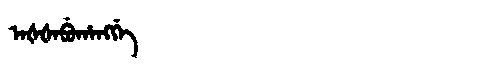
Manchu: ᠠᡧᡧᠠᠪᡠᡥᠠᠩᡤᡝ
Romanization: AŠŠABUHANGGE